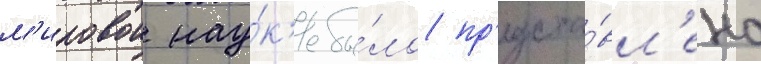
м'ировои нау́к'е бы́ло пр'едста́вл'ено